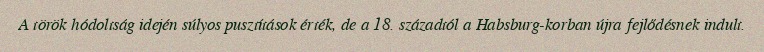
A török hódoltság idején súlyos pusztítások érték, de a 18. századtól a Habsburg-korban újra fejlődésnek indult.